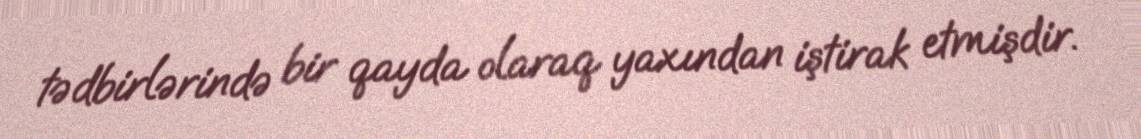
tədbirlərində bir qayda olaraq yaxından iştirak etmişdir.